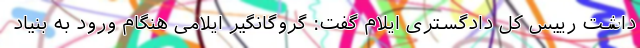
داشت رییس کل دادگستری ایلام گفت: گروگانگیر ایلامی هنگام ورود به بنیاد